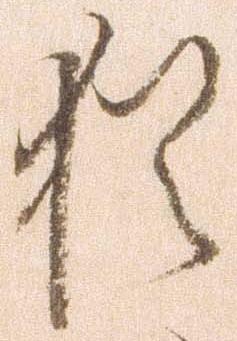
猶